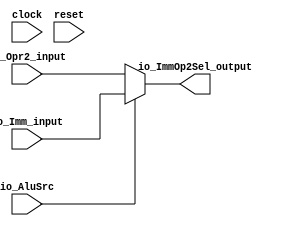
module ImmOpr2Sel(
  input         clock,
  input         reset,
  input         io_AluSrc,
  input  [31:0] io_Opr2_input,
  input  [31:0] io_Imm_input,
  output [31:0] io_ImmOp2Sel_output
);
  assign io_ImmOp2Sel_output = io_AluSrc ? $signed(io_Imm_input) : $signed(io_Opr2_input); // @[ImmOpr2Sel.scala 16:21 17:29 20:29]
endmodule